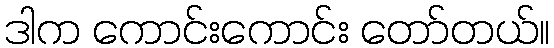
ဒါက ကောင်းကောင်း တော်တယ်။